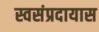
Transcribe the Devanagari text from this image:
स्वसंप्रदायास